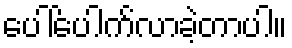
ပေါ်ပေါက်လာခဲ့တာပါ။